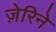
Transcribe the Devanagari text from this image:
ज़ेरिने